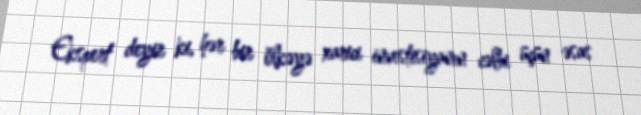
Ekspert deyir ki, hər bir ölkəyə xarici investisiyanın cəlbi üçün əsas